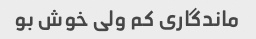
ماندگاری کم ولی خوش بو